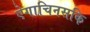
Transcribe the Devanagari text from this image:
ऐगाचिनसकि